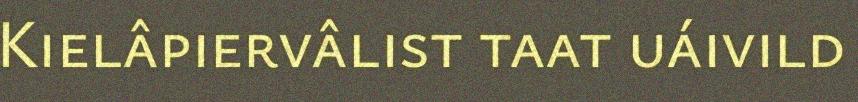
Kielâpiervâlist taat uáivild